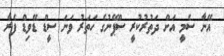
އޭނާ ސެމީ އަށް ދަތުރުކުރީ ސްޕޭނުގެ ހަތަރު ވަނަ ސީޑް ޑޭވިޑް ފެރާ